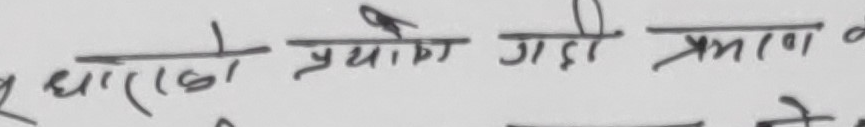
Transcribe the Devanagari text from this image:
धार(६०) प्रयोग गयो प्रमाण के